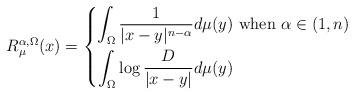
LaTeX: \begin{align*}R^{\alpha, \Omega}_\mu (x) = \left\{\aligned \int_\Omega \frac 1{|x-y|^{n-\alpha}} d\mu(y) & \text{ when $\alpha \in (1, n)$}\\ \int_\Omega \log \frac D{|x-y|} d\mu(y) & \endaligned\right.\end{align*}